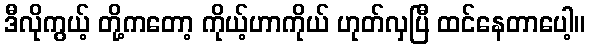
ဒီလိုကွယ့် တို့ကတော့ ကိုယ့်ဟာကိုယ် ဟုတ်လှပြီ ထင်နေတာပေါ့။